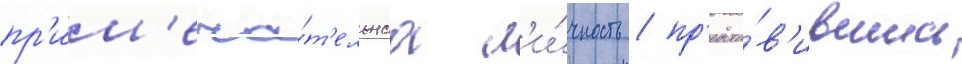
пр'им'еча́т'ельнаа л'и́чность / пр'едста́в'ившись